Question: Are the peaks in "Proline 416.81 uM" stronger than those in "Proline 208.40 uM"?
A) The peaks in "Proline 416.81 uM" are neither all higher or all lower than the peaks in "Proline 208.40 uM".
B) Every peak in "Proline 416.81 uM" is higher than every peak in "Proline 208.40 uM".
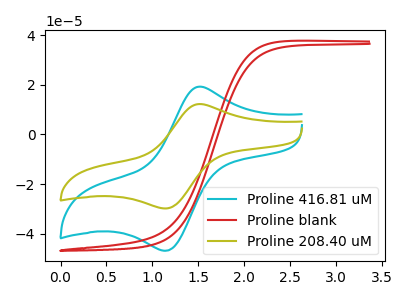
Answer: <think>The cyan curve "Proline 416.81 uM" has an anodic peak at (1.50V, 19.20uA) and a cathodic peak at (1.15V, -46.75uA). The red curve "Proline blank" has no peaks. The olive curve "Proline 208.40 uM" has an anodic peak at (1.50V, 12.20uA) and a cathodic peak at (1.15V, -29.75uA).</think>
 <answer>B) Every peak in "Proline 416.81 uM" is higher than every peak in "Proline 208.40 uM".</answer>
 <eval>B</eval>